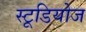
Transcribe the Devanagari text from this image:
स्‍टूडियोज